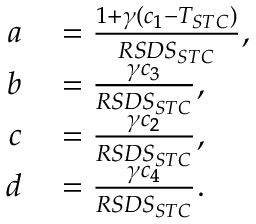
\begin{array} { r l } { a } & { { } = \frac { 1 + \gamma ( c _ { 1 } - T _ { S T C } ) } { R S D S _ { S T C } } , } \\ { b } & { { } = \frac { \gamma c _ { 3 } } { R S D S _ { S T C } } , } \\ { c } & { { } = \frac { \gamma c _ { 2 } } { R S D S _ { S T C } } , } \\ { d } & { { } = \frac { \gamma c _ { 4 } } { R S D S _ { S T C } } . } \end{array}